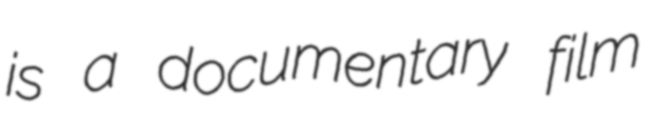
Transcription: is a documentary film